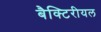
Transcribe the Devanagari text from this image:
बैक्टिरीयल